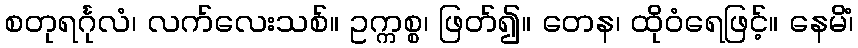
စတုရင်္ဂုလံ၊ လက်လေးသစ်။ ဥက္ကစ္စ၊ ဖြတ်၍။ တေန၊ ထိုဝံရေဖြင့်။ နေမိံ၊